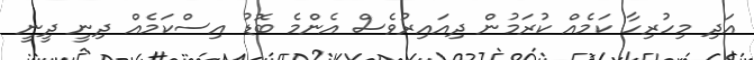
އަދި މިހުރިހާ ކަމެއް ކުރަމުން ދިއައިރުވެސް އެންމެ ބޮޑު އިސްކަމެއް ދިނީ ދީނީ